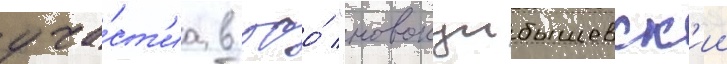
уча́ст'иа в ооо́ "новокуибышевск'ии